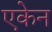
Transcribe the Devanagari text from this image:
एकेन